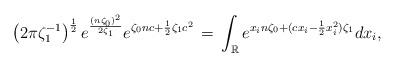
LaTeX: \begin{align*}\left({2\pi}{\zeta_1^{-1}} \right)^{\frac 12} e^{\frac{(n\zeta_0)^2}{2\zeta_1}} e^{\zeta_0 nc+ \frac12 \zeta_1 c^2}\,=\, \int_{\mathbb{R}} e^{x_i n\zeta_0 +(cx_i- \frac12 x^2_i)\zeta_1} dx_i ,\end{align*}